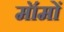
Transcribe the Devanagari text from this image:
मॉमों